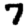
Digit: 7